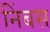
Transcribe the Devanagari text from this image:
निंबस